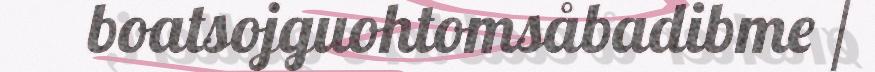
boatsojguohtomsåbadibme /